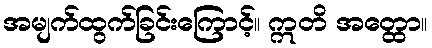
အမျက်ထွက်ခြင်းကြောင့်။ ဣတိ အတ္ထော။